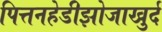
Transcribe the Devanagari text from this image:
पित्तनहेडीझोजाखुर्द